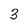
Character: 3